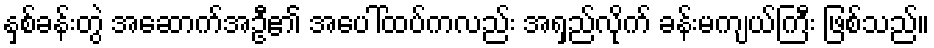
နှစ်ခန်းတွဲ အဆောက်အဦ၏ အပေါ်ထပ်ကလည်း အရှည်လိုက် ခန်းမကျယ်ကြီး ဖြစ်သည်။